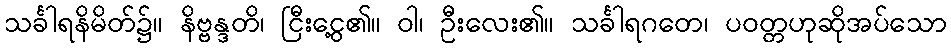
သင်္ခါရနိမိတ်၌။ နိဗ္ဗန္ဒတိ၊ ငြီးငွေ့၏။ ဝါ၊ ဦးလေး၏။ သင်္ခါရဂတေ၊ ပဝတ္တဟုဆိုအပ်သော